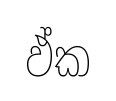
ඵ්ක